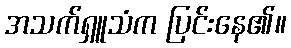
အသက်ရှူသံက ပြင်းနေ၏။